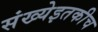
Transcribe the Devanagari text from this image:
संख्येइतकीच